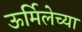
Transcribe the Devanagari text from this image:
ऊर्मिलेच्या